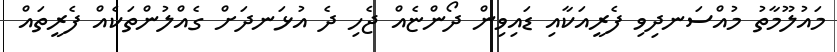
މައުލޫމާތު މުއްސަނދިވި ފެރީއަކާއި ޑައިވިން ދޯންޏެއް ޖެހި ދެ އުޅަނދަށް ގެއްލުންތަކެއް ފެރީތައް